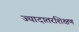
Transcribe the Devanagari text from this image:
ज्यादातरशिक्षण